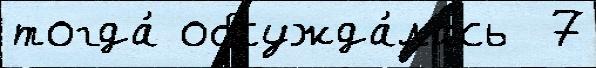
тогда́ обсужда́лась  7